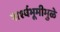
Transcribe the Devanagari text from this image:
पार्श्‍वभूमीमुळे